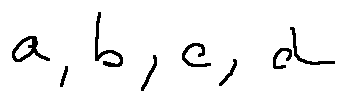
a , b , c , d